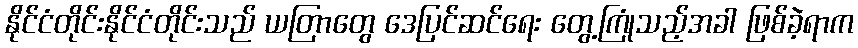
နိုင်ငံတိုင်းနိုင်ငံတိုင်းသည် ယတြာတွေ ဒေပြင်ဆင်ရေး တွေ့ကြုံသည့်အခါ ဖြစ်ခဲ့ရာက